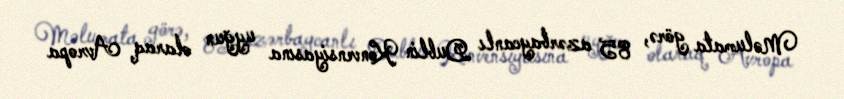
Məlumata görə, 85 azərbaycanlı Dublin Konvensiyasına uyğun olaraq Avropa